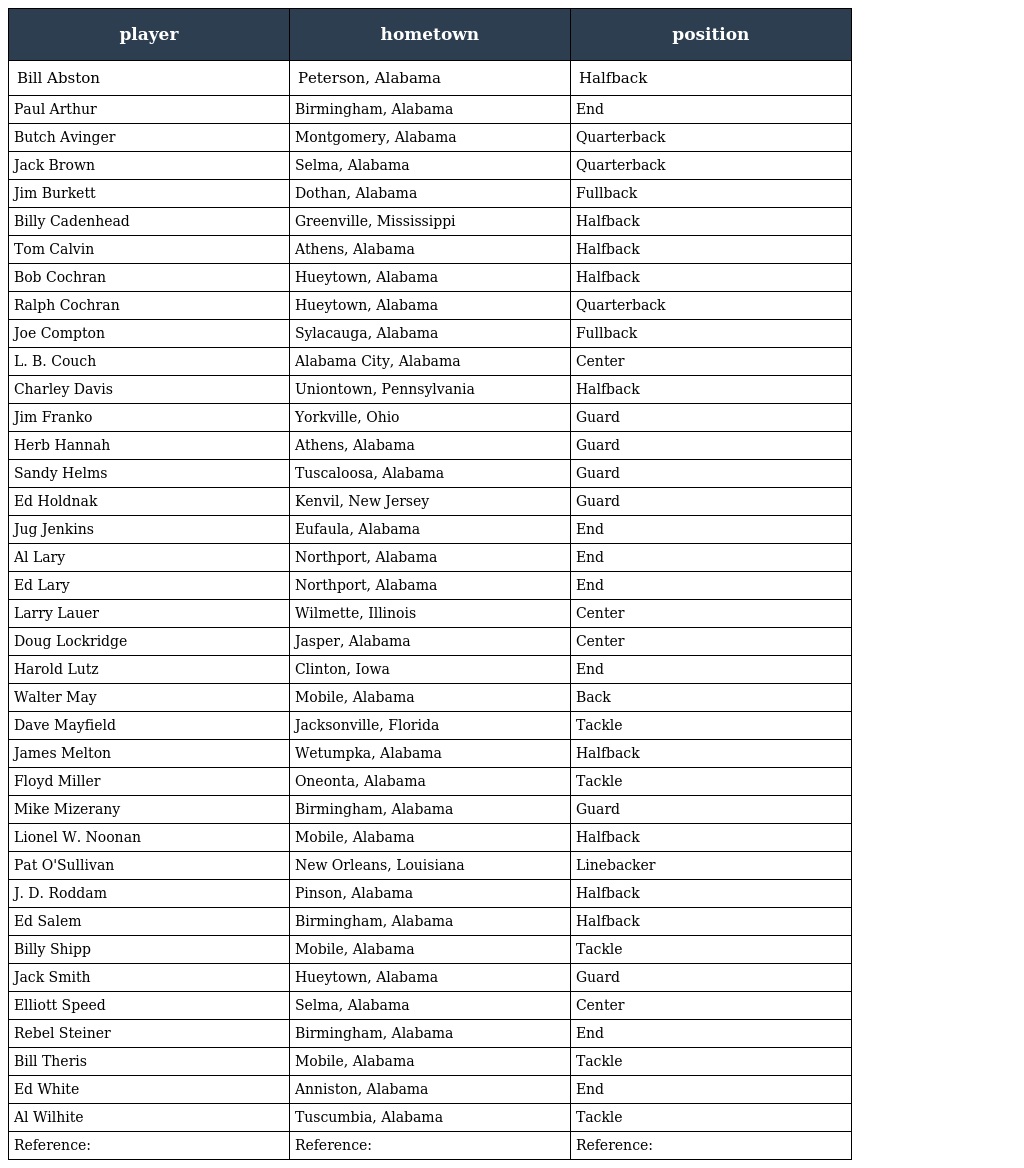
| player | hometown | position |
 | --- | --- | --- |
 | Bill Abston | Peterson, Alabama | Halfback |
 | Paul Arthur | Birmingham, Alabama | End |
 | Butch Avinger | Montgomery, Alabama | Quarterback |
 | Jack Brown | Selma, Alabama | Quarterback |
 | Jim Burkett | Dothan, Alabama | Fullback |
 | Billy Cadenhead | Greenville, Mississippi | Halfback |
 | Tom Calvin | Athens, Alabama | Halfback |
 | Bob Cochran | Hueytown, Alabama | Halfback |
 | Ralph Cochran | Hueytown, Alabama | Quarterback |
 | Joe Compton | Sylacauga, Alabama | Fullback |
 | L. B. Couch | Alabama City, Alabama | Center |
 | Charley Davis | Uniontown, Pennsylvania | Halfback |
 | Jim Franko | Yorkville, Ohio | Guard |
 | Herb Hannah | Athens, Alabama | Guard |
 | Sandy Helms | Tuscaloosa, Alabama | Guard |
 | Ed Holdnak | Kenvil, New Jersey | Guard |
 | Jug Jenkins | Eufaula, Alabama | End |
 | Al Lary | Northport, Alabama | End |
 | Ed Lary | Northport, Alabama | End |
 | Larry Lauer | Wilmette, Illinois | Center |
 | Doug Lockridge | Jasper, Alabama | Center |
 | Harold Lutz | Clinton, Iowa | End |
 | Walter May | Mobile, Alabama | Back |
 | Dave Mayfield | Jacksonville, Florida | Tackle |
 | James Melton | Wetumpka, Alabama | Halfback |
 | Floyd Miller | Oneonta, Alabama | Tackle |
 | Mike Mizerany | Birmingham, Alabama | Guard |
 | Lionel W. Noonan | Mobile, Alabama | Halfback |
 | Pat O'Sullivan | New Orleans, Louisiana | Linebacker |
 | J. D. Roddam | Pinson, Alabama | Halfback |
 | Ed Salem | Birmingham, Alabama | Halfback |
 | Billy Shipp | Mobile, Alabama | Tackle |
 | Jack Smith | Hueytown, Alabama | Guard |
 | Elliott Speed | Selma, Alabama | Center |
 | Rebel Steiner | Birmingham, Alabama | End |
 | Bill Theris | Mobile, Alabama | Tackle |
 | Ed White | Anniston, Alabama | End |
 | Al Wilhite | Tuscumbia, Alabama | Tackle |
 | Reference: | Reference: | Reference: |